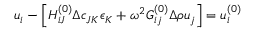
u _ { i } - \left[ H _ { i J } ^ { ( 0 ) } \Delta c _ { J K } \epsilon _ { K } + \omega ^ { 2 } G _ { i j } ^ { ( 0 ) } \Delta \rho u _ { j } \right] = u _ { i } ^ { ( 0 ) }